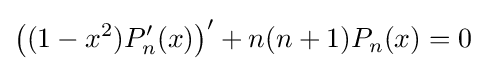
\left((1-x^{2})P_{n}'(x)\right)'+n(n+1)P_{n}(x)=0